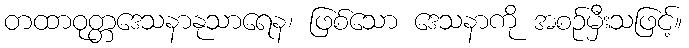
တထာဝုတ္တဒေသနာနုသာရေန၊ ဖြစ်သော ဒေသနာကို အစဉ်မှီးသဖြင့်။